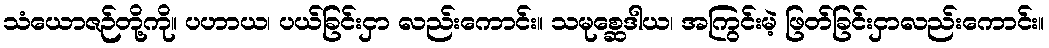
သံယောဇဉ်တို့ကို။ ပဟာယ၊ ပယ်ခြင်းငှာ လည်းကောင်း။ သမုစ္ဆေဒါယ၊ အကြွင်းမဲ့ ဖြတ်ခြင်းငှာလည်းကောင်း။